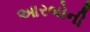
આરબોની